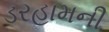
ડરહામની